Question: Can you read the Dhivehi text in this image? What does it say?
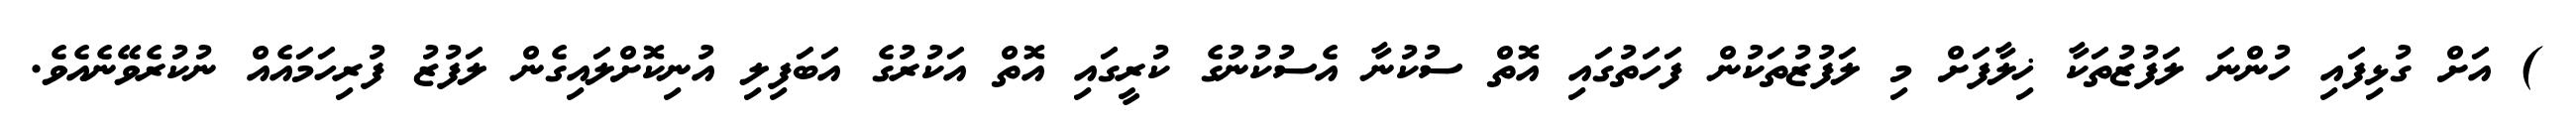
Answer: ) އަށް ގުޅިފައި ހުންނަ ލަފުޒުތަކާ ޚިލާފަށް މި ލަފުޒުތަކުން ފަހަތުގައި އޮތް ސުކުނާ އެސުކުނުގެ ކުރީގައި އޮތް އަކުރުގެ އަބަފިލި އުނިކޮށްލައިގެން ލަފުޒު ފުރިހަމައެއް ނުކުރެވޭނެއެވެ.